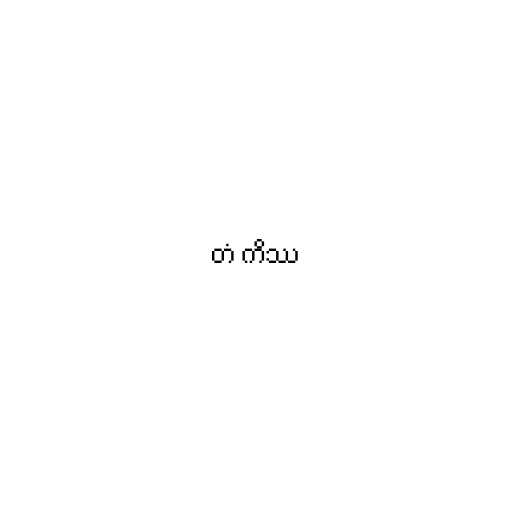
တံ ကိဿ